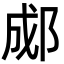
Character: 郕